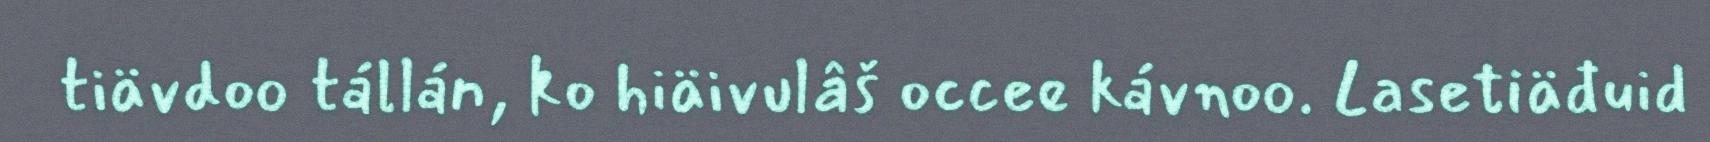
tiävdoo tállán, ko hiäivulâš occee kávnoo. Lasetiäđuid